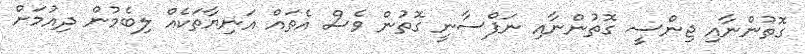
ގޮތުންނާއި ޖިންސީ ގޮތުންނާއި ނަފްސާނީ ގޮތުން ވެސް އެތައް އަނިޔާތަކެއް ލިބެމުން ދިއުމަށް